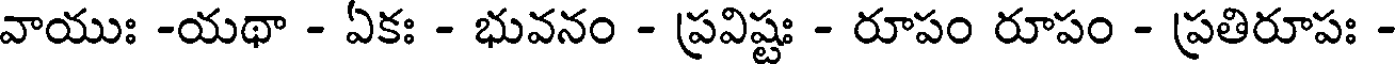
వాయుః -యథా - ఏకః - భువనం - ప్రవిష్టః - రూపం రూపం - ప్రతిరూపః -